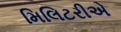
મિલિટરીએ